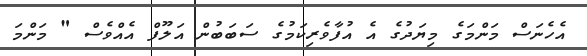
އެހެނަސް މަންމަގެ މިޔަދުގެ އެ އުފާވެރިކަމުގެ ސަބަބުން އަލޫފް އެއްވެސް " މަންމަ